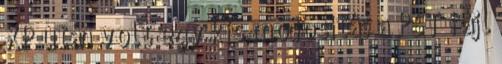
XP után volt egy kis módosítás a PST fájl